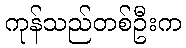
ကုန်သည်တစ်ဦးက